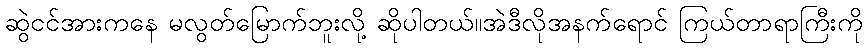
ဆွဲငင်အားကနေ မလွတ်မြောက်ဘူးလို့ ဆိုပါတယ်။အဲဒီလိုအနက်ရောင် ကြယ်တာရာကြီးကို